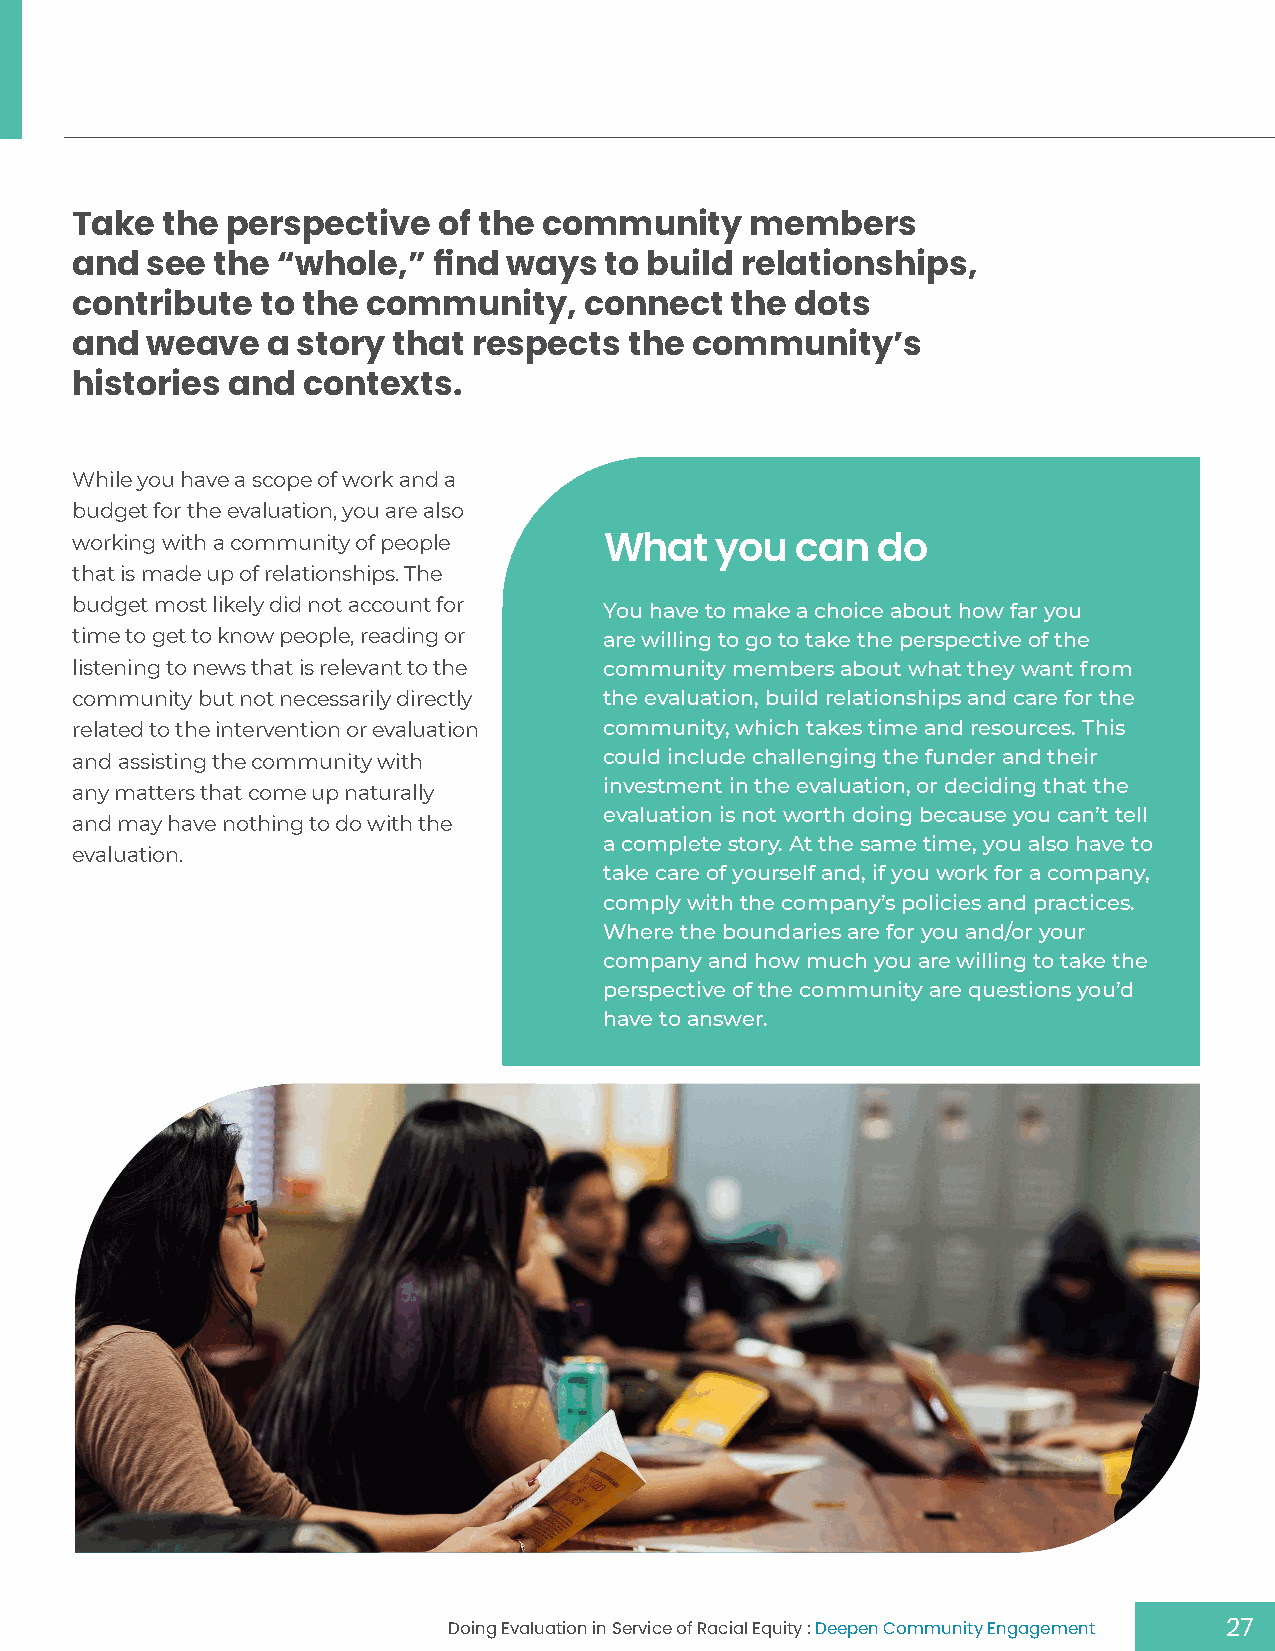
Take  the perspective   of the community     members
 and  see the “whole,”   find ways  to build relationships,
 contribute  to the community,     connect  the  dots
 and  weave   a story that respects   the community’s
 histories and  contexts.
 While you have a scope of work and a
 budget for the evaluation, you are also
 working with a community of people
 What   you   can  do
 that is made up of relationships. The
 budget most likely did not account for You have to make a choice about how far you
 time to get to know people, reading or are willing to go to take the perspective of the
 listening to news that is relevant to the community members about what they want from
 community but not necessarily directly the evaluation, build relationships and care for the
 related to the intervention or evaluation community, which takes time and resources. This
 and assisting the community with   could include challenging the funder and their
 investment in the evaluation, or deciding that the
 any matters that come up naturally
 evaluation is not worth doing because you can’t tell
 and may have nothing to do with the
 a complete story. At the same time, you also have to
 evaluation.
 take care of yourself and, if you work for a company,
 comply with the company’s policies and practices.
 Where the boundaries are for you and/or your
 company and how much you are willing to take the
 perspective of the community are questions you’d
 have to answer.
 Doing Evaluation in Service of Racial Equity : Deepen Community Engagement 27